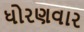
ધોરણવાર